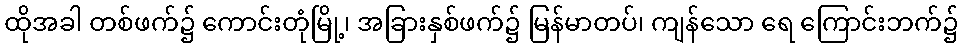
ထိုအခါ တစ်ဖက်၌ ကောင်းတုံမြို့၊ အခြားနှစ်ဖက်၌ မြန်မာတပ်၊ ကျန်သော ရေ ကြောင်းဘက်၌